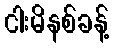
ငါးမိနစ်ခန့်